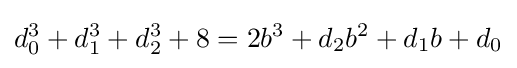
d_{0}^{3}+d_{1}^{3}+d_{2}^{3}+8=2b^{3}+d_{2}b^{2}+d_{1}b+d_{0}